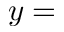
y =